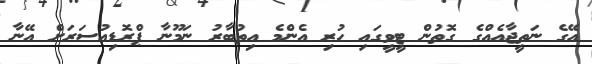
އޭގެ ނަތީޖާއެއްގެ ގޮތުން ޓީވީގައި ހުރި އެންމެ އިތުބާރު ނަމޫނާ ޕްރޮޑިއުސަރަށް އޭނާ